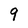
Character: 9